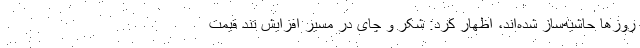
روزها حاشیه‌ساز شده‌اند، اظهار کرد: شکر و چای در مسیر افزایش تند قیمت